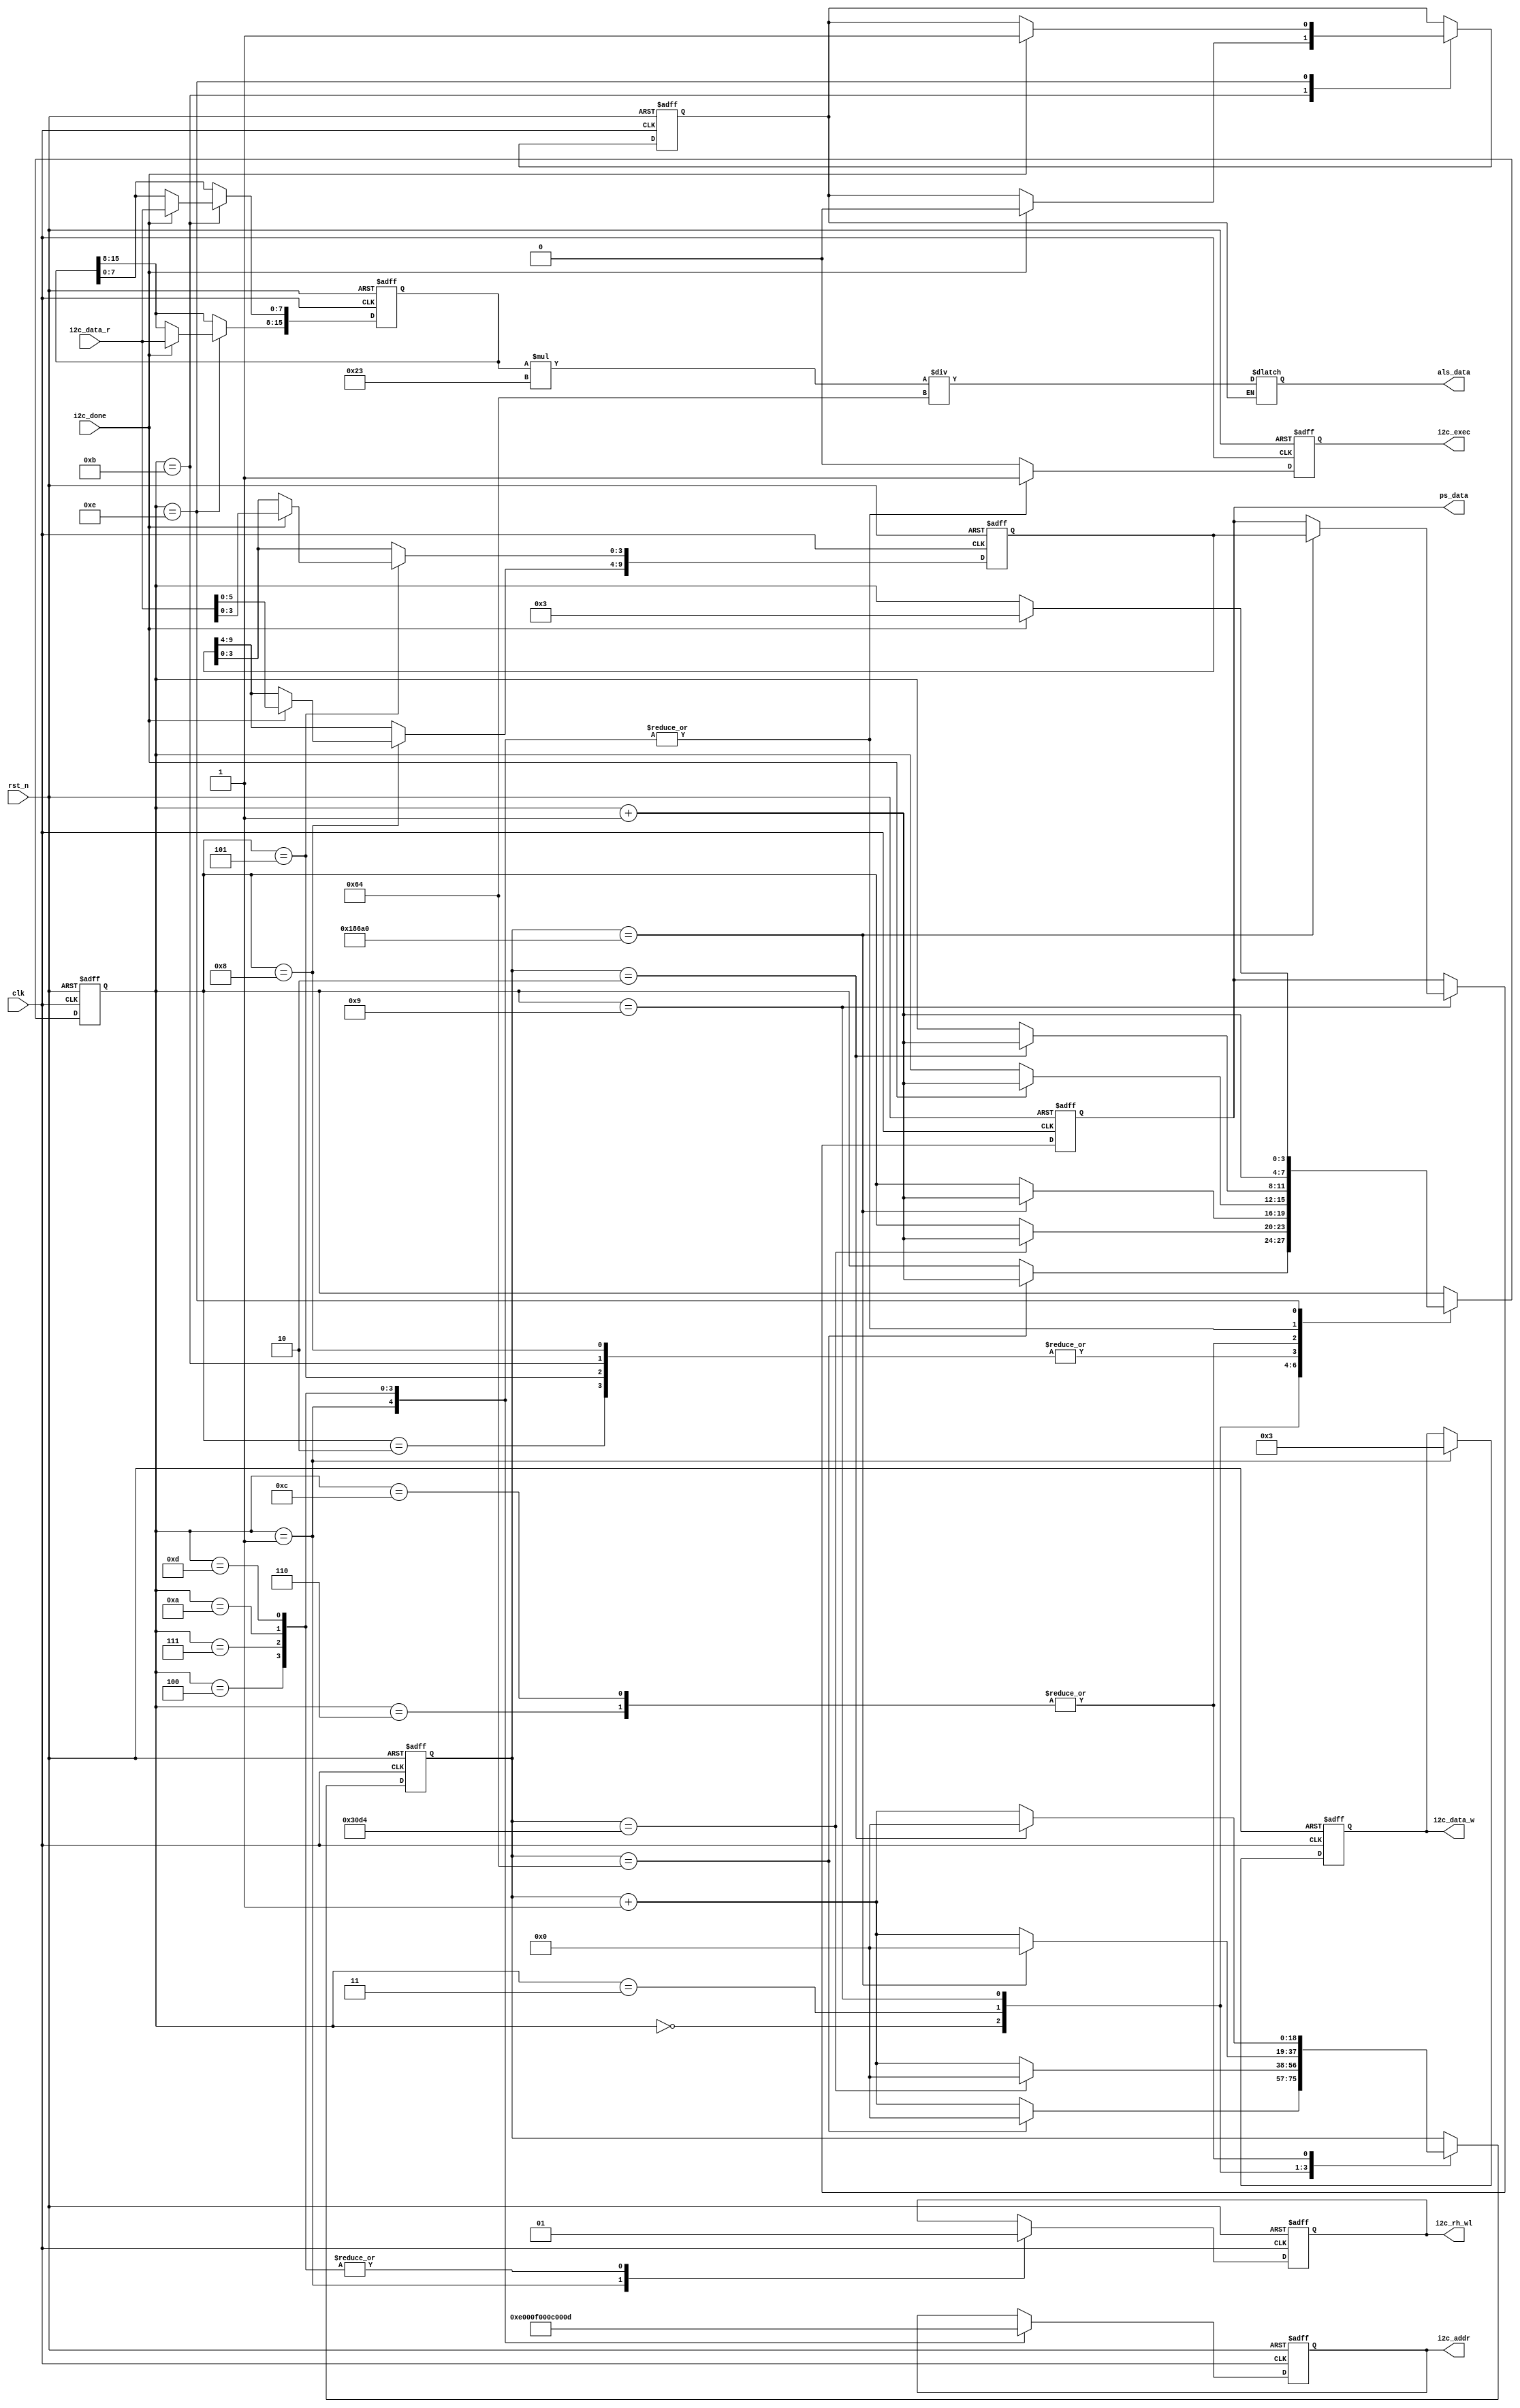
/****************************************************************************************

	File name    : ap3216c.v
	LastEditors  : H
	LastEditTime : 2021-09-22 14:39:13
	Last Version : 1.0
	Description  : submodule
	
	----------------------------------------------------------------------------------------
	
	Author       : H
	Date         : 2021-09-22 14:39:08
	FilePath     : \rtl\ap3216c.v
	Copyright 2021 H, All Rights Reserved. 

****************************************************************************************/
module ap3216c(
    // System Clock
    input        clk,
    input        rst_n,

    // User Interface
    // i2c interface
    output  reg     i2c_rh_wl,      // read and write control signal
    output  reg     i2c_exec,
    output  reg [15:0]  i2c_addr,   // the slave device id address
    output  reg [7:0]   i2c_data_w,
    input       [7:0]   i2c_data_r,
    input               i2c_done,

    output  reg [15:0]  als_data,
    output  reg [9:0]   ps_data
);

    // parameter define
    parameter TIME_PS = 14'd12_500;     // PS 12.5ms
    parameter TIME_ALS = 17'd100_000;   // ALS 100ms clk = 1MHZ
    parameter TIME_REST = 8'd2;         // 

    // reg define
    reg     [3:0]   flow_cnt;
    reg     [18:0]   wait_cnt;
    reg     [15:0]   als_data_t;
    
    reg             als_done;
    reg     [9:0]   ps_data_t;      // ps
    reg             ir_of;          //  ps_data
    reg             obj;            // 

    /*******************************************************************************
     *                                 Main Code
    *******************************************************************************/
    
    // ap3216c
    always @(posedge clk or negedge rst_n ) begin
        if(!rst_n)begin
            i2c_exec   <=  1'b0;
            i2c_addr   <=  8'd0;
            i2c_rh_wl  <=  1'b0;
            i2c_data_w <=  8'h0;
            flow_cnt   <=  4'd0;
            wait_cnt   <= 18'd0;
            ps_data    <= 10'd0;
            ps_data_t  <= 10'd0;
            ir_of      <=  1'b0;
            obj        <=  1'b0;
            als_done   <=  1'b0;
            als_data_t <= 16'd0;
        end
        else begin
            i2c_exec <= 1'b0;
            case (flow_cnt)
                //AP3216C
            4'd0: begin
                if(wait_cnt == 18'd100) begin
                    wait_cnt <= 18'd0;
                    flow_cnt <= flow_cnt + 1'b1;
                end
                else
                    wait_cnt <= wait_cnt +1'b1;
            end
            4'd1: begin
                i2c_exec   <= 1'b1 ;
                i2c_rh_wl  <= 1'b0 ;
                i2c_addr   <= 8'h00;               // 
                i2c_data_w <= 8'h03;               // ALS+PS+IR 
                flow_cnt   <= flow_cnt + 1'b1;
            end
            //
            4'd2: begin
                if(i2c_done)
                    flow_cnt <= flow_cnt + 1'b1;
            end
            //PS12.5ms
            4'd3: begin
                if(wait_cnt  == TIME_PS) begin
                    wait_cnt <= 18'd0;
                    flow_cnt <= flow_cnt + 1'd1;
                end
                else
                    wait_cnt <= wait_cnt + 1'b1;
            end
            //PS Data Register(0x0E
            4'd4: begin
                i2c_exec <= 1'b1;
                i2c_rh_wl<= 1'b1;
                i2c_addr <= 8'h0E;
                flow_cnt <= flow_cnt + 1'b1;
            end
            //PS Data Register(0x0E
            4'd5: begin
                if(i2c_done) begin
                    flow_cnt     <= flow_cnt + 1'b1;
                    ps_data_t[3:0] <= i2c_data_r[3:0];
                    ir_of        <= i2c_data_r[6]  ;
                    obj          <= i2c_data_r[7]  ;
                end
            end
            //
            4'd6: begin
                if(wait_cnt == TIME_REST) begin//TIME_REST
                    wait_cnt <= 18'd0;
                    flow_cnt <= flow_cnt + 1'b1;
                end
                else
                    wait_cnt <= wait_cnt +1'b1;
            end
            //PS Data Register(0x0F
            4'd7: begin
                i2c_exec <= 1'b1;
                i2c_rh_wl<= 1'b1;
                i2c_addr <= 8'h0F;
                flow_cnt <= flow_cnt + 1'b1;
            end
            //PS Data Register(0x0F
            4'd8: begin
                if(i2c_done) begin
                    flow_cnt     <= flow_cnt + 1'b1;
                    ps_data_t[9:4] <= i2c_data_r[5:0];
                    ir_of        <= i2c_data_r[6]  ;
                    obj          <= i2c_data_r[7]  ;
                end
            end
            //ALS100ms
            4'd9: begin
                if(wait_cnt  ==  TIME_ALS) begin
                    wait_cnt <= 18'd0;
                    flow_cnt <= flow_cnt + 1'd1;
                    ps_data  <= ps_data_t;
                end
                else
                    wait_cnt <= wait_cnt + 1'b1;
            end
            //ALS Data Register(0x0C
            4'd10: begin
                i2c_exec <= 1'b1;
                i2c_rh_wl<= 1'b1;
                i2c_addr <= 8'h0C;
                flow_cnt <= flow_cnt + 1'b1;
            end
            //ALS Data Register(0x0C
            4'd11: begin
                if(i2c_done) begin
                    als_done        <= 1'b0;
                    als_data_t[7:0] <= i2c_data_r;
                    flow_cnt        <= flow_cnt + 1'b1;
                end
            end
            //
            4'd12: begin
                if(wait_cnt == TIME_REST) begin
                    wait_cnt <= 18'd0;
                    flow_cnt <= flow_cnt + 1'b1;
                end
                else
                    wait_cnt <= wait_cnt +1'b1;
            end
            //ALS Data Register(0x0D
            4'd13: begin
                i2c_exec <= 1'b1;
                i2c_rh_wl<= 1'b1;
                i2c_addr <= 8'h0D;
                flow_cnt <= flow_cnt + 1'b1;
            end
            //ALS Data Register(0x0D
            4'd14: begin
                if(i2c_done) begin
                    als_done         <= 1'b1;
                    als_data_t[15:8] <= i2c_data_r;
                    flow_cnt         <= 4'd3;             //3
                end
            end
        endcase
    end
end

//(:lux)
always @ (*) begin
    if(als_done)
	 als_data = als_data_t * 6'd35 / 7'd100;
end
endmodule